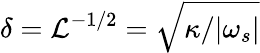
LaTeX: \delta={\cal L}^{-1/2}=\sqrt{\kappa/|\omega_{s}|}